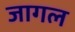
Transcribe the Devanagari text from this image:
जागल